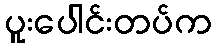
ပူးပေါင်းတပ်က